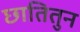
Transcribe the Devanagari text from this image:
छातितुन